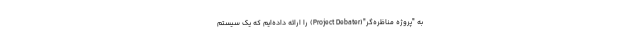
به "پروژه مناظره‌گر"(Project Debater) را ارائه داده‌ایم که یک سیستم